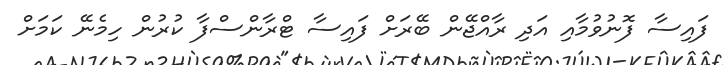
ފައިސާ ފޮނުވުމާއި އަދި ރާއްޖޭން ބޭރަށް ފައިސާ ޓްރާންސްފާ ކުރުން ހިމެނޭ ކަމަށް